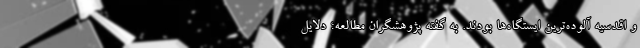
و اقدسیه آلوده‌ترین ایستگاه‌ها بودند. به گفته پژوهشگران مطالعه؛ دلایل